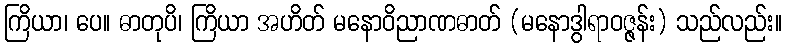
ကြိယာ၊ ပေ။ ဓာတုပိ၊ ကြိယာ အဟိတ် မနောဝိညာဏဓာတ် (မနောဒွါရာဝဇ္ဇန်း) သည်လည်း။